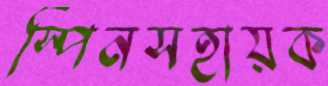
স্পিনসহায়ক